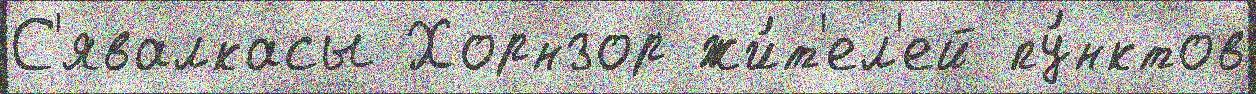
С'явалкасы Хорнзор жи́т'ел'ей пу́нктов